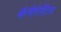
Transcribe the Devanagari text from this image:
कंपैरेटिव